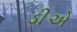
ડીએ